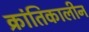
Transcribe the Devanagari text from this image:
क्रांतिकालीन